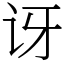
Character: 讶